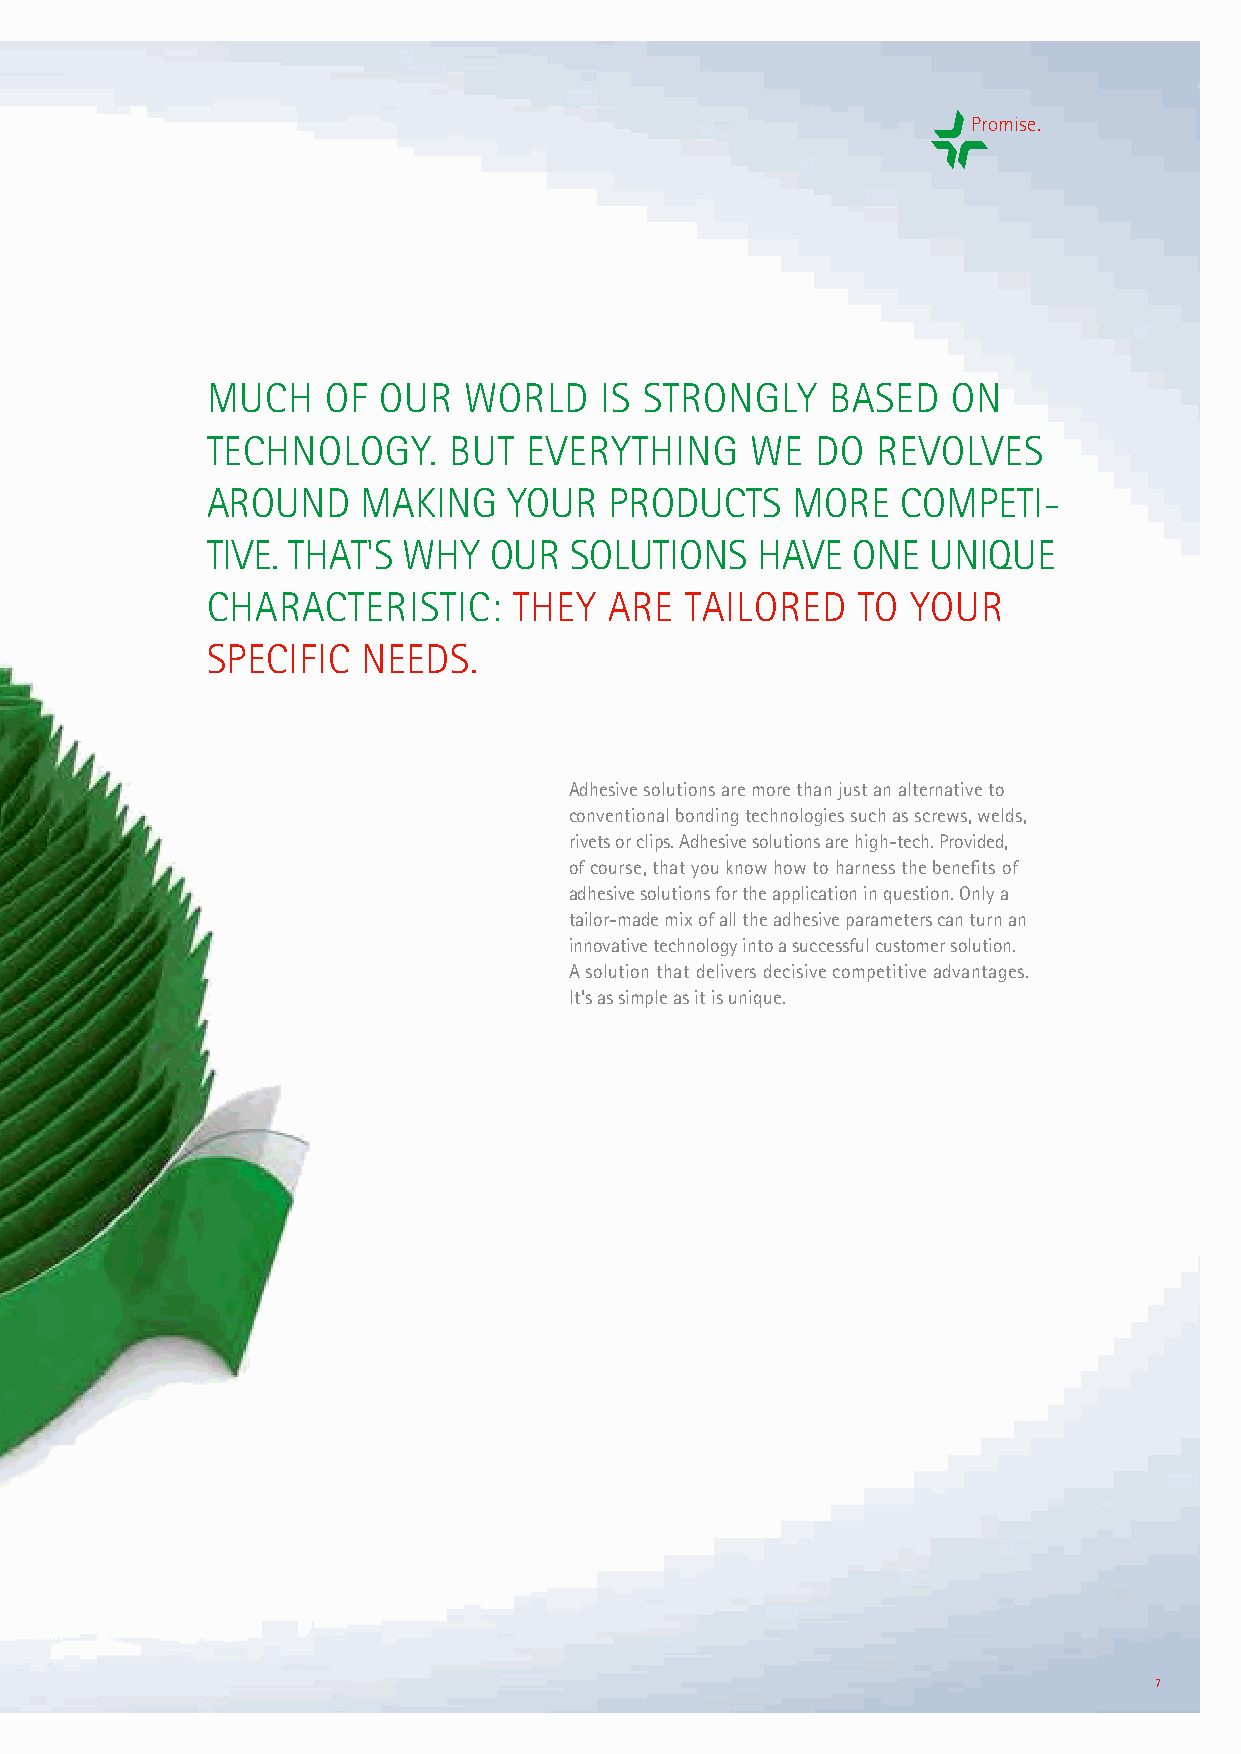
Promise.
 MUCH   OF  OUR   WORLD    IS STRONGLY    BASED   ON
 TECHNOLOGY.     BUT  EVERYTHING     WE  DO  REVOLVES
 AROUND    MAKING    YOUR  PRODUCTS    MORE    COMPE  TI-
 TIVE. THAT'S WHY  OUR   SOLUTIONS   HAVE  ONE   UNIQUE
 CHARACTERISTIC:     THEY  ARE  TAILORED    TO YOUR
 SPECIFIC  NEEDS.
 Adhesive solutions are more than just an alternative to
 conventional bonding technologies such as screws, welds,
 rivets or clips. Adhesive solutions are high-tech. Provided,
 of course, that you know how to harness the benefits of
 adhesive solutions for the application in question. Only a
 tailor-made mix of all the adhesive parameters can turn an
 innovative technology into a successful customer solution.
 A solution that delivers decisive competitive advantages.
 It's as simple as it is unique.
 7